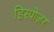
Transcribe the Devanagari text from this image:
डिस्पोज़र